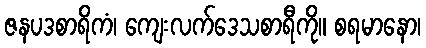
ဇနပဒစာရိကံ၊ ကျေးလက်ဒေသစာရီကို။ စရမာနော၊